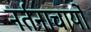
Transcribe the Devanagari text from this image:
नर्तनाचार्यों